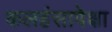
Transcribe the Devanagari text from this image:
कलहंसापेक्षा